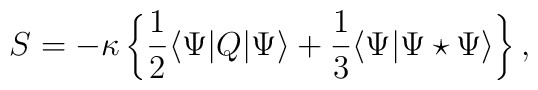
S=-\kappa\left\{\frac 12\langle\Psi|Q|\Psi\rangle+\frac 13\langle\Psi|\Psi\star\Psi\rangle\right\},